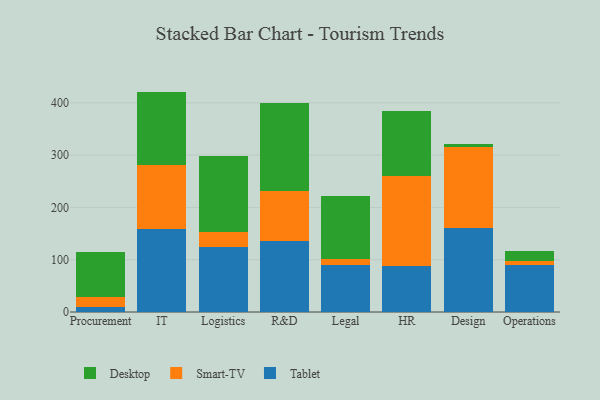
{"axis": {"x": "Department", "y": "Page Views"}, "legend": ["Desktop", "Smart-TV", "Tablet"], "data": [{"x": "Procurement", "y": 10.2, "type": "Tablet"}, {"x": "Procurement", "y": 17.6, "type": "Smart-TV"}, {"x": "Procurement", "y": 87.6, "type": "Desktop"}, {"x": "IT", "y": 158.9, "type": "Tablet"}, {"x": "IT", "y": 122.8, "type": "Smart-TV"}, {"x": "IT", "y": 139.7, "type": "Desktop"}, {"x": "Logistics", "y": 124.3, "type": "Tablet"}, {"x": "Logistics", "y": 28.0, "type": "Smart-TV"}, {"x": "Logistics", "y": 146.8, "type": "Desktop"}, {"x": "R&D", "y": 136.4, "type": "Tablet"}, {"x": "R&D", "y": 95.6, "type": "Smart-TV"}, {"x": "R&D", "y": 168.5, "type": "Desktop"}, {"x": "Legal", "y": 89.2, "type": "Tablet"}, {"x": "Legal", "y": 12.9, "type": "Smart-TV"}, {"x": "Legal", "y": 119.5, "type": "Desktop"}, {"x": "HR", "y": 88.5, "type": "Tablet"}, {"x": "HR", "y": 171.4, "type": "Smart-TV"}, {"x": "HR", "y": 124.2, "type": "Desktop"}, {"x": "Design", "y": 160.2, "type": "Tablet"}, {"x": "Design", "y": 155.3, "type": "Smart-TV"}, {"x": "Design", "y": 5.9, "type": "Desktop"}, {"x": "Operations", "y": 90.2, "type": "Tablet"}, {"x": "Operations", "y": 7.6, "type": "Smart-TV"}, {"x": "Operations", "y": 18.9, "type": "Desktop"}]}